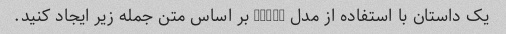
یک داستان با استفاده از مدل GPT-3 بر اساس متن جمله زیر ایجاد کنید.